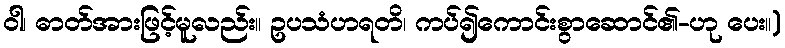
ဝါ၊ ဓာတ်အားဖြင့်မူလည်း။ ဥပသံဟရတိ၊ ကပ်၍ကောင်းစွာဆောင်၏-ဟု ပေး။)